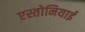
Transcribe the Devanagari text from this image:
एस्तोनियाई